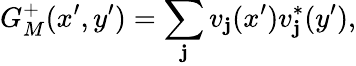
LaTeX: G_{M}^{+}(x^{\prime},y^{\prime})=\sum_{\mathbf{j}}v_{\mathbf{j}}(x^{\prime})v_{\mathbf{j}}^{*}(y^{\prime}),